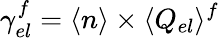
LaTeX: \gamma_{el}^{f}=\langle n\rangle\times\langle Q_{el}\rangle^{f}